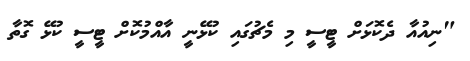
"ނިއުއާ ދެކޮޅަށް ޓީސީ މި މެޗުގައި ކުޅޭނީ އާއްމުކޮށް ޓީސީ ކުޅޭ ގޮތާ